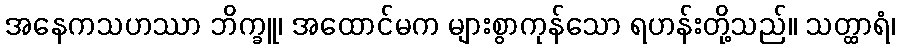
အနေကသဟဿာ ဘိက္ခူ၊ အထောင်မက များစွာကုန်သော ရဟန်းတို့သည်။ သတ္ထာရံ၊